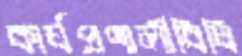
কার্যপ্রণালীবিধি